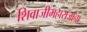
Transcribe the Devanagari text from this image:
शिवाजीमहाराजांना